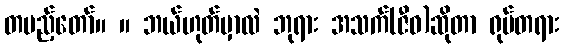
တပည့်တော်။ ။ ဘယ်ဟုတ်မှာလဲ ဘုရား အသက်(ဇီဝ)ဆိုတာ ရုပ်တရား